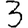
Digit: 3